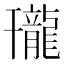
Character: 𪚒